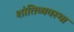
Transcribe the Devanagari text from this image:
शांतिव्यवस्था